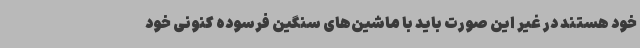
خود هستند در غیر این صورت باید با ماشین‌های سنگین فرسوده کنونی خود